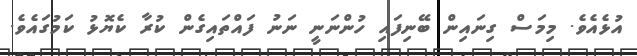
އުޅެއެވެ. މިމަސް ގިނައިން ބޭނިފައި ހުންނަނީ ނަނު ފައްތައިގެން ކުރާ ކެޔޮޅު ކަމުގައެވެ.